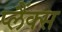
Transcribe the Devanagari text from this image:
प्लैंक्स